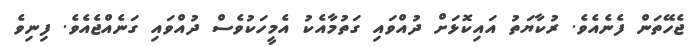
ޖެހޭތަން ފެނެއެވެ. ރުކާޔަތު އައިކޮޅަށް ދުއްވައި ގަތުމާއެކު އެމީހަކުވެސް ދުއްވައި ގަނެއްޖެއެވެ. ފިނިވެ